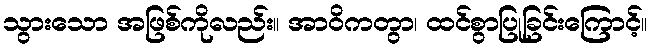
သွားသော အဖြစ်ကိုလည်း။ အာဝိကတွာ၊ ထင်စွာပြုခြင်းကြောင့်။